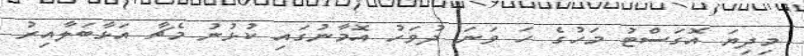
މިދިޔަ އޮގަސްޓު މަހުގެ ހަ ވަނަ ދުވަހު އޮމާނުގައި ކުޅުނު މެޗާ އަޅާބަލާއިރު